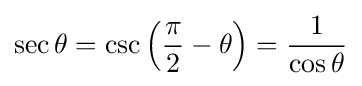
\sec \theta =\csc \left({\frac {\pi }{2}}-\theta \right)={\frac {1}{\cos \theta }}